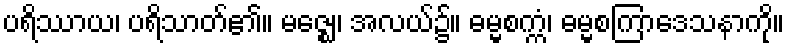
ပရိဿာယ၊ ပရိသာတ်၏။ မဇ္ဈေ၊ အလယ်၌။ ဓမ္မစက္ကံ၊ ဓမ္မစကြာဒေသနာကို။